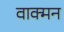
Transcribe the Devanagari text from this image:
वाक्मन